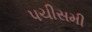
પચીસમી